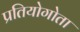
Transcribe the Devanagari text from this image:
प्रतियोगोता